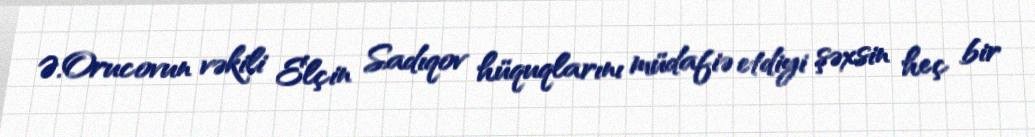
Ə.Orucovun vəkili Elçin Sadıqov hüquqlarını müdafiə etdiyi şəxsin heç bir